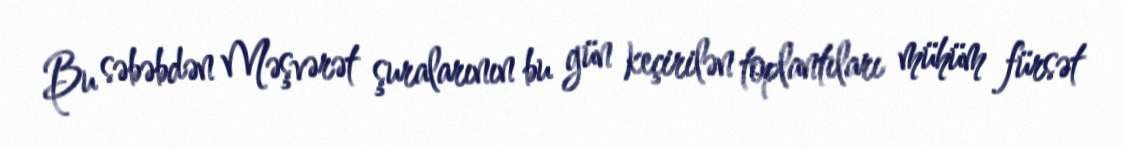
Bu səbəbdən Məşvərət şuralarının bu gün keçirilən toplantıları mühüm fürsət